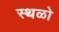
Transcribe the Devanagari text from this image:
स्थळो